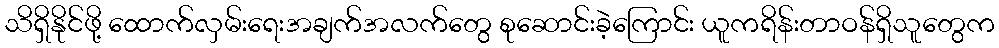
သိရှိနိုင်ဖို့ ထောက်လှမ်းရေးအချက်အလက်တွေ စုဆောင်းခဲ့ကြောင်း ယူကရိန်းတာဝန်ရှိသူတွေက